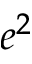
e ^ { 2 }